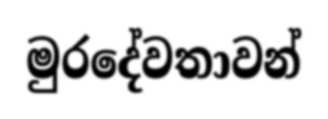
මුරදේවතාවන්